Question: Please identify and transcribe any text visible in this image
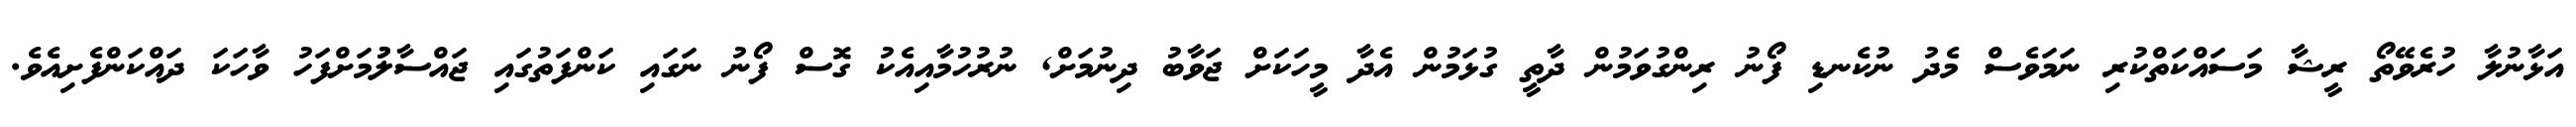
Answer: އަޅާނުލާ ހުރެވޭތޯ ރީޝާ މަސައްކަތްކުރި ނަމަވެސް މެދު ނުކެނޑި ފޯނު ރިންގުވަމުން ދާތީ ގުޅަމުން އެދާ މީހަކަށް ޖަވާބު ދިނުމަށް, ނުރުހުމާއިއެކު ގޮސް ފޯނު ނަގައި ކަންފަތުގައި ޖައްސާލުުމަށްފަހު ވާހަކަ ދައްކަންފެށިއެވެ.